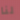
لنا